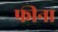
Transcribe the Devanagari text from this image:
फीना